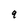
Character: q